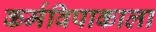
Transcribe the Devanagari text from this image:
कर्मविपाकाला